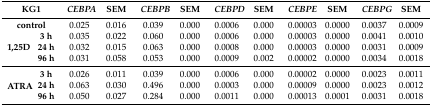
| <COLSPAN=2> KG1 | CEBPA | SEM | CEBPB | SEM | CEBPD | SEM | CEBPE | SEM | CEBPG | SEM |
 | --- | --- | --- | --- | --- | --- | --- | --- | --- | --- | --- | --- |
 | <COLSPAN=2> control | 0.025 | 0.016 | 0.039 | 0.000 | 0.0006 | 0.000 | 0.00003 | 0.0000 | 0.0037 | 0.0009 |
 | <ROWSPAN=3> 1,25D | 3 h | 0.035 | 0.022 | 0.060 | 0.000 | 0.0006 | 0.000 | 0.00003 | 0.0000 | 0.0041 | 0.0010 |
 | 24 h | 0.032 | 0.015 | 0.063 | 0.000 | 0.0008 | 0.000 | 0.00003 | 0.0000 | 0.0031 | 0.0009 |
 | 96 h | 0.031 | 0.058 | 0.053 | 0.000 | 0.0009 | 0.002 | 0.00002 | 0.0000 | 0.0034 | 0.0018 |
 | <ROWSPAN=3> ATRA | 3 h | 0.026 | 0.011 | 0.039 | 0.000 | 0.0006 | 0.000 | 0.00002 | 0.0000 | 0.0023 | 0.0011 |
 | 24 h | 0.063 | 0.030 | 0.496 | 0.000 | 0.0003 | 0.000 | 0.00009 | 0.0000 | 0.0023 | 0.0012 |
 | 96 h | 0.050 | 0.027 | 0.284 | 0.000 | 0.0011 | 0.000 | 0.00013 | 0.0001 | 0.0031 | 0.0018 |